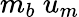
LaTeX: m_{b}\ u_{m}